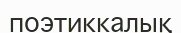
поэтиккалық